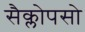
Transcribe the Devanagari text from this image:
सैक्लोपसो